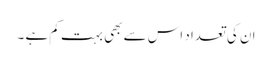
ان کی تعداد اس سے بھی بہت کم ہے ۔